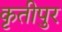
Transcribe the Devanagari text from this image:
कृतीपुर